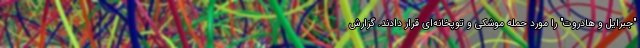
"جبرایل و هادروت" را مورد حمله موشکی و توپخانه‌ای قرار دادند. گزارش